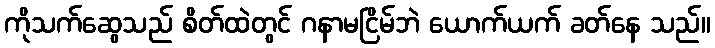
ကိုသက်ဆွေသည် စိတ်ထဲတွင် ဂနာမငြိမ်ဘဲ ယောက်ယက် ခတ်နေ သည်။